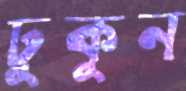
ঢুকুন